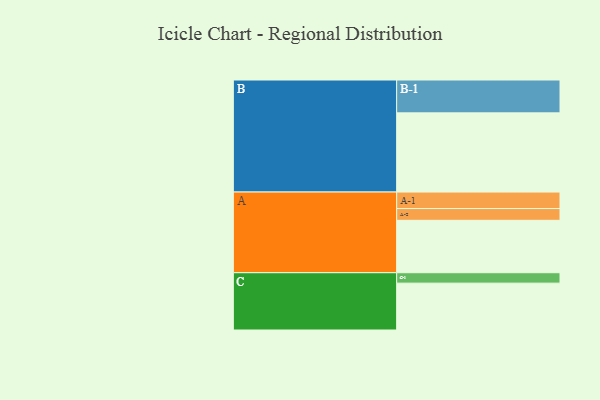
{"axis": {"x": "Segment", "y": "Value"}, "legend": ["", "A", "B", "C"], "data": [{"x": "A", "y": 378, "type": ""}, {"x": "B", "y": 571, "type": ""}, {"x": "C", "y": 338, "type": ""}, {"x": "A-1", "y": 119, "type": "A"}, {"x": "A-2", "y": 85, "type": "A"}, {"x": "B-1", "y": 237, "type": "B"}, {"x": "C-1", "y": 75, "type": "C"}]}